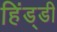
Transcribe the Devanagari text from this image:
हिंड्डी